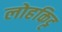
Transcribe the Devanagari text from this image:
लोहकिट्ट